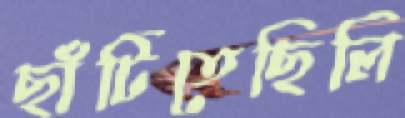
ছাঁটিতেছিলি